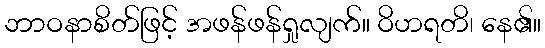
ဘာဝနာစိတ်ဖြင့် အဖန်ဖန်ရှုလျက်။ ဝိဟရတိ၊ နေ၏။